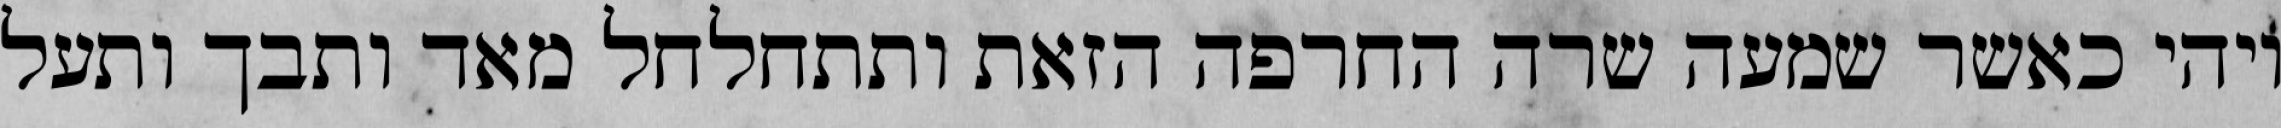
ויהי כאשר שמעה שרה החרפה הזאת ותתחלחל מאד ותבך ותעל